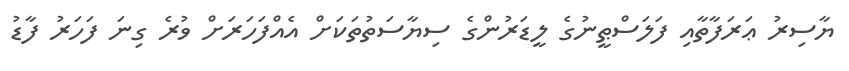
ޔާސިރު ޢަރަފާތާއި ފަލަސްޠީނުގެ ލީޑަރުންގެ ސިޔާސަތުތަކަށް އެއްފަހަރަށް ވުރެ ގިނަ ފަހަރު ފާޑު